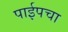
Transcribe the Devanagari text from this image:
पाईपचा